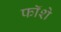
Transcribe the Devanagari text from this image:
फॉशे